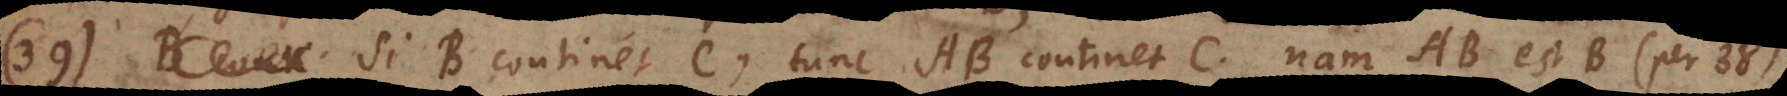
) Si B continet C, tunc AB continet C. Nam AB est B (per 38)